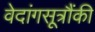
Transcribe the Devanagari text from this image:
वेदांगसूत्रौंकी